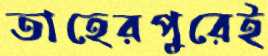
তাহেরপুরেই